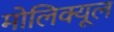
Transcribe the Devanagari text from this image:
मोलिक्यूल